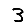
Digit: 3